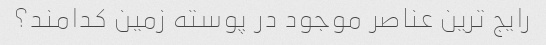
رایج ترین عناصر موجود در پوسته زمین کدامند؟